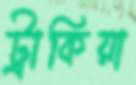
ট্রাকিয়া